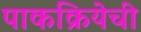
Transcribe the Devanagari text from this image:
पाकक्रियेची